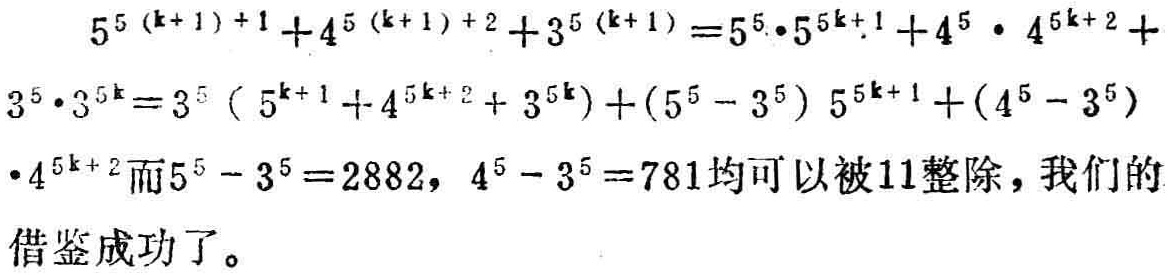
\[
\begin{align*}
&5^{5(k + 1)+1}+4^{5(k + 1)+2}+3^{5(k + 1)}\\
=&5^{5}\cdot5^{5k + 1}+4^{5}\cdot4^{5k + 2}+3^{5}\cdot3^{5k}\\
=&3^{5}(5^{k + 1}+4^{5k + 2}+3^{5k})+(5^{5}-3^{5})5^{5k + 1}+(4^{5}-3^{5})4^{5k + 2}
\end{align*}
\]
而\(5^{5}-3^{5}=2882\)，\(4^{5}-3^{5}=781\)均可以被\(11\)整除，我们的借鉴成功了。